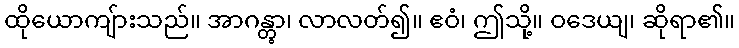
ထိုယောကျ်ားသည်။ အာဂန္တွာ၊ လာလတ်၍။ ဧဝံ၊ ဤသို့။ ဝဒေယျ၊ ဆိုရာ၏။